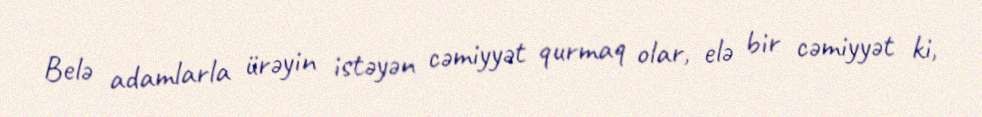
Belə adamlarla ürəyin istəyən cəmiyyət qurmaq olar, elə bir cəmiyyət ki,